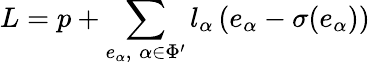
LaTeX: L=p+\sum_{e_{\alpha},\; \alpha\in\Phi^{\prime}}l_{\alpha}\, (e_{\alpha}-\sigma(e_{\alpha}))